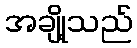
အချို့သည်